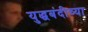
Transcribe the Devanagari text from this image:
युद्धबंदीच्या